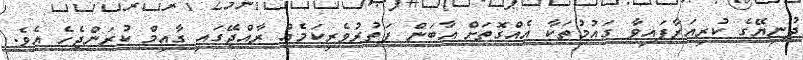
ދުނިޔޭގެ ކުރިއަރާފައިވާ ގައުމުތަކާ އެއްގޮތަށް އާބަން ފަތުރުވެރިކަމެއް ރާއްޖޭގައި ގާއިމް ކުރަންޖެހެ އެވެ.